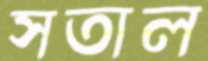
সতাল